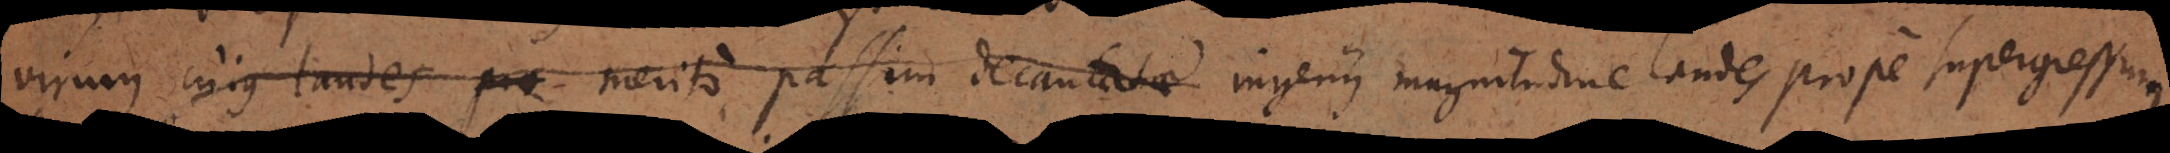
virum cujus laudes merito passim decantatae ingenii magnitudine laudes prope supergressum